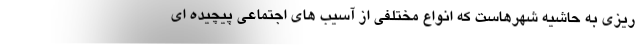
ریزی به حاشیه شهرهاست که انواع مختلفی از آسیب های اجتماعی پیچیده ای